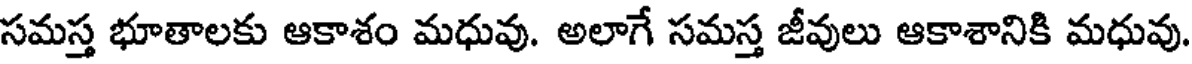
సమస్త భూతాలకు ఆకాశం మధువు. అలాగే సమస్త జీవులు ఆకాశానికి మధువు